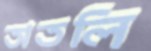
তাতলি